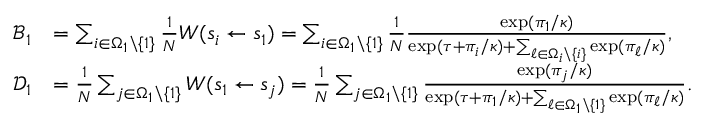
\begin{array} { r l } { \mathcal { B } _ { 1 } } & { = \sum _ { i \in \Omega _ { 1 } \backslash \{ 1 \} } \frac { 1 } { N } W ( s _ { i } \gets s _ { 1 } ) = \sum _ { i \in \Omega _ { 1 } \backslash \{ 1 \} } \frac { 1 } { N } \frac { \exp ( \pi _ { 1 } / \kappa ) } { \exp ( \tau + \pi _ { i } / \kappa ) + \sum _ { \ell \in \Omega _ { i } \backslash \{ i \} } \exp ( \pi _ { \ell } / \kappa ) } , } \\ { \mathcal { D } _ { 1 } } & { = \frac { 1 } { N } \sum _ { j \in \Omega _ { 1 } \backslash \{ 1 \} } W ( s _ { 1 } \gets s _ { j } ) = \frac { 1 } { N } \sum _ { j \in \Omega _ { 1 } \backslash \{ 1 \} } \frac { \exp ( \pi _ { j } / \kappa ) } { \exp ( \tau + \pi _ { 1 } / \kappa ) + \sum _ { \ell \in \Omega _ { 1 } \backslash \{ 1 \} } \exp ( \pi _ { \ell } / \kappa ) } . } \end{array}